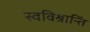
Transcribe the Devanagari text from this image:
स्वविश्रान्तिं